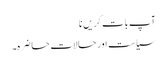
آپ بات کریں نا
سیاست اور حالاتِ حاضرہ۔